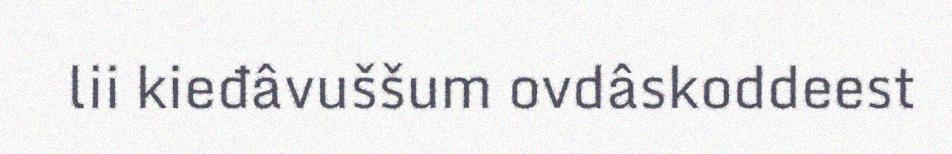
lii kieđâvuššum ovdâskoddeest